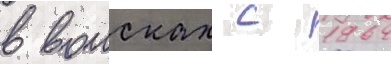
в воисках с 1964